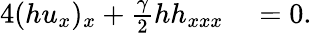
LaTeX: \begin{array}{rl}{4(hu_{x})_{x}+\frac{\gamma}{2}hh_{xxx}}&{{}=0.}\end{array}